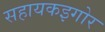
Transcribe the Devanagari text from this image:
सहायकइगोर